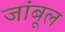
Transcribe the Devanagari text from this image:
जांबूल